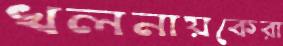
খলনায়কেরা